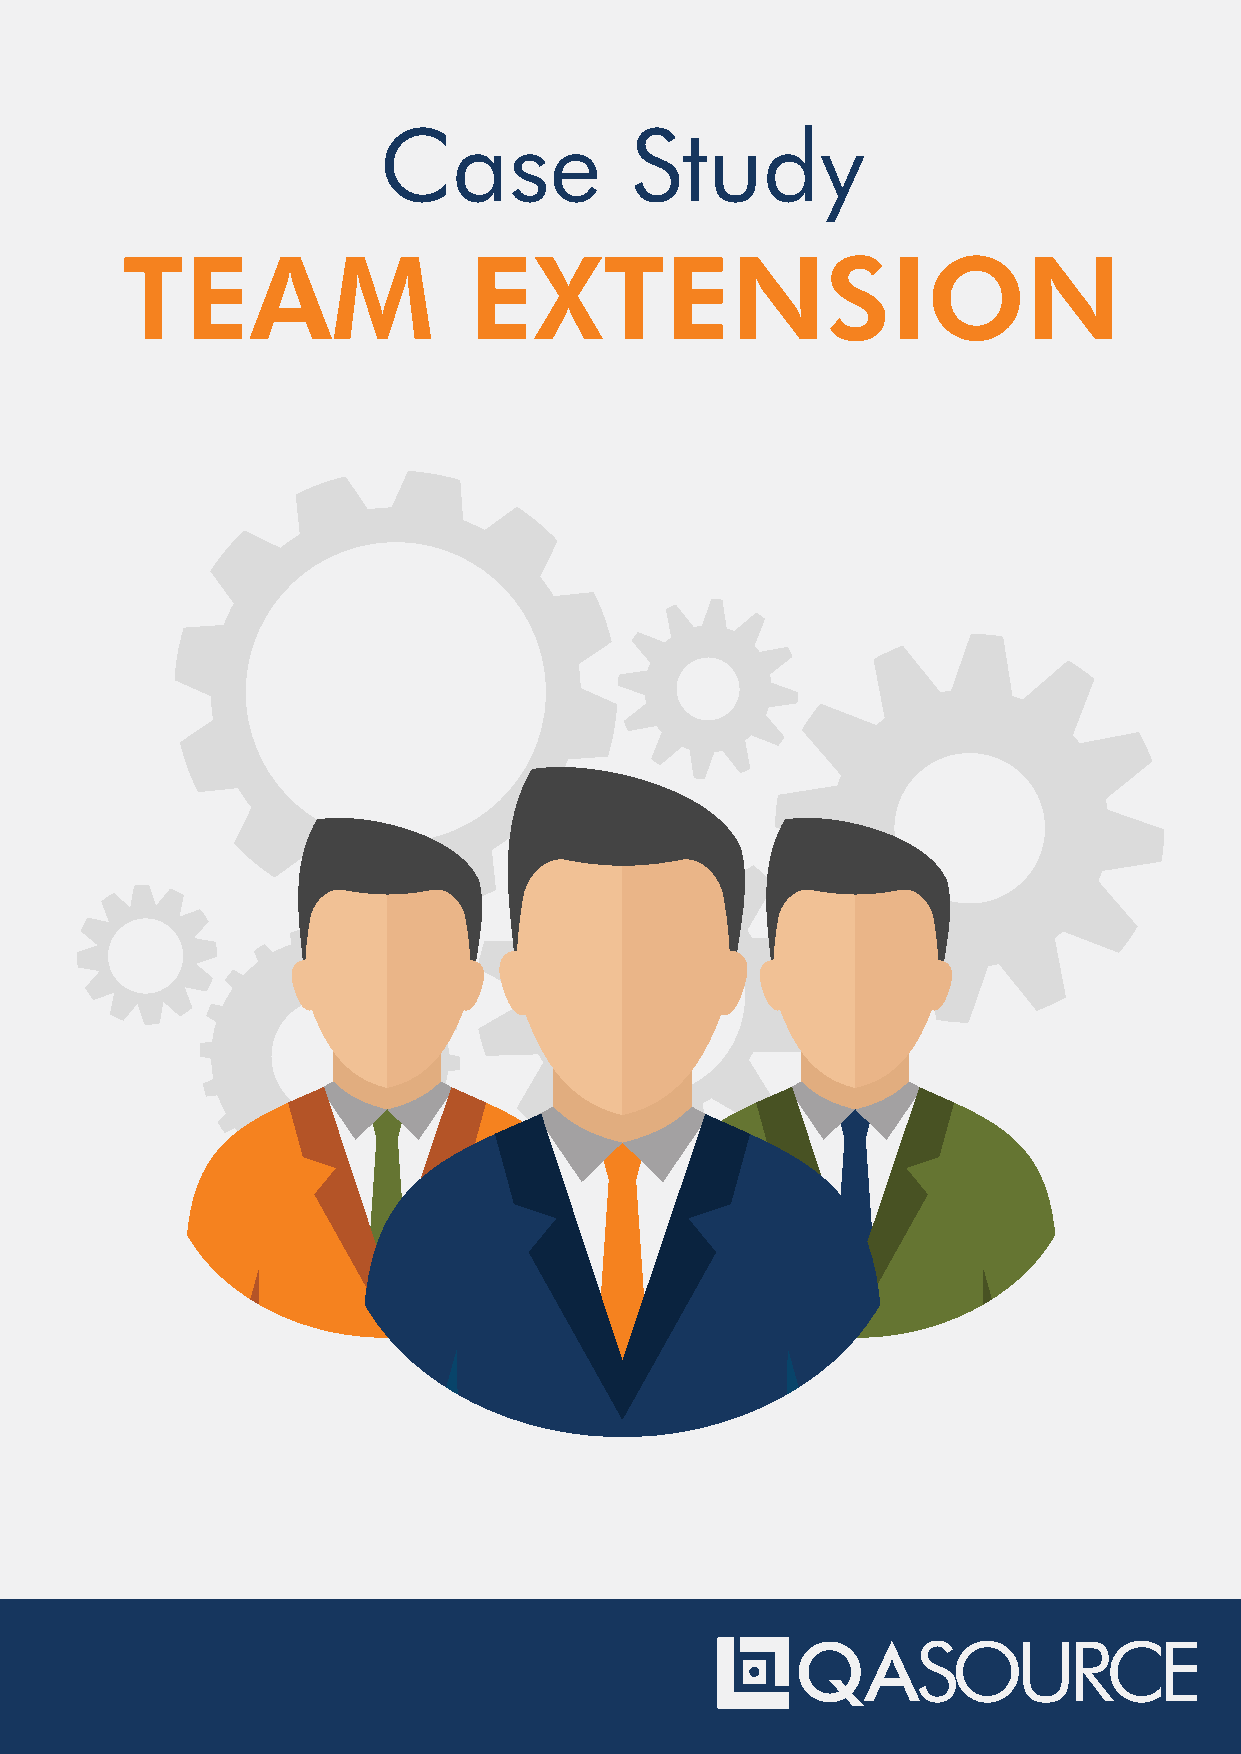
Case             Study
 TEAM                   EXTENSION
 QASOURCE